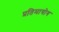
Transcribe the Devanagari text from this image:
प्रतिमायोग